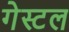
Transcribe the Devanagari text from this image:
गेस्टल